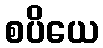
စပိယေ